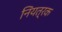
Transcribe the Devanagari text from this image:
निंयत्रक